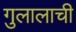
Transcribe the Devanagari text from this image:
गुलालाची